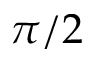
\pi / 2